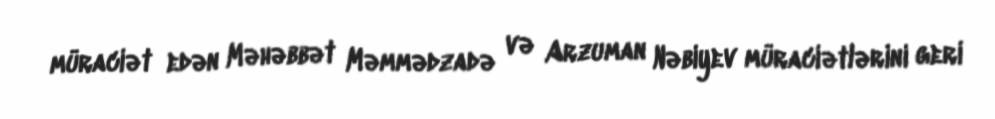
müraciət edən Məhəbbət Məmmədzadə və Arzuman Nəbiyev müraciətlərini geri